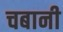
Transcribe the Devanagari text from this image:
चबानी